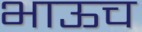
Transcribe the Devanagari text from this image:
भाऊच